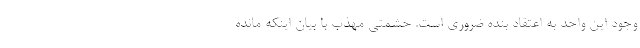
وجود این واحد به اعتقاد بنده ضروری است. حشمتی مهذب با بیان اینکه مانده